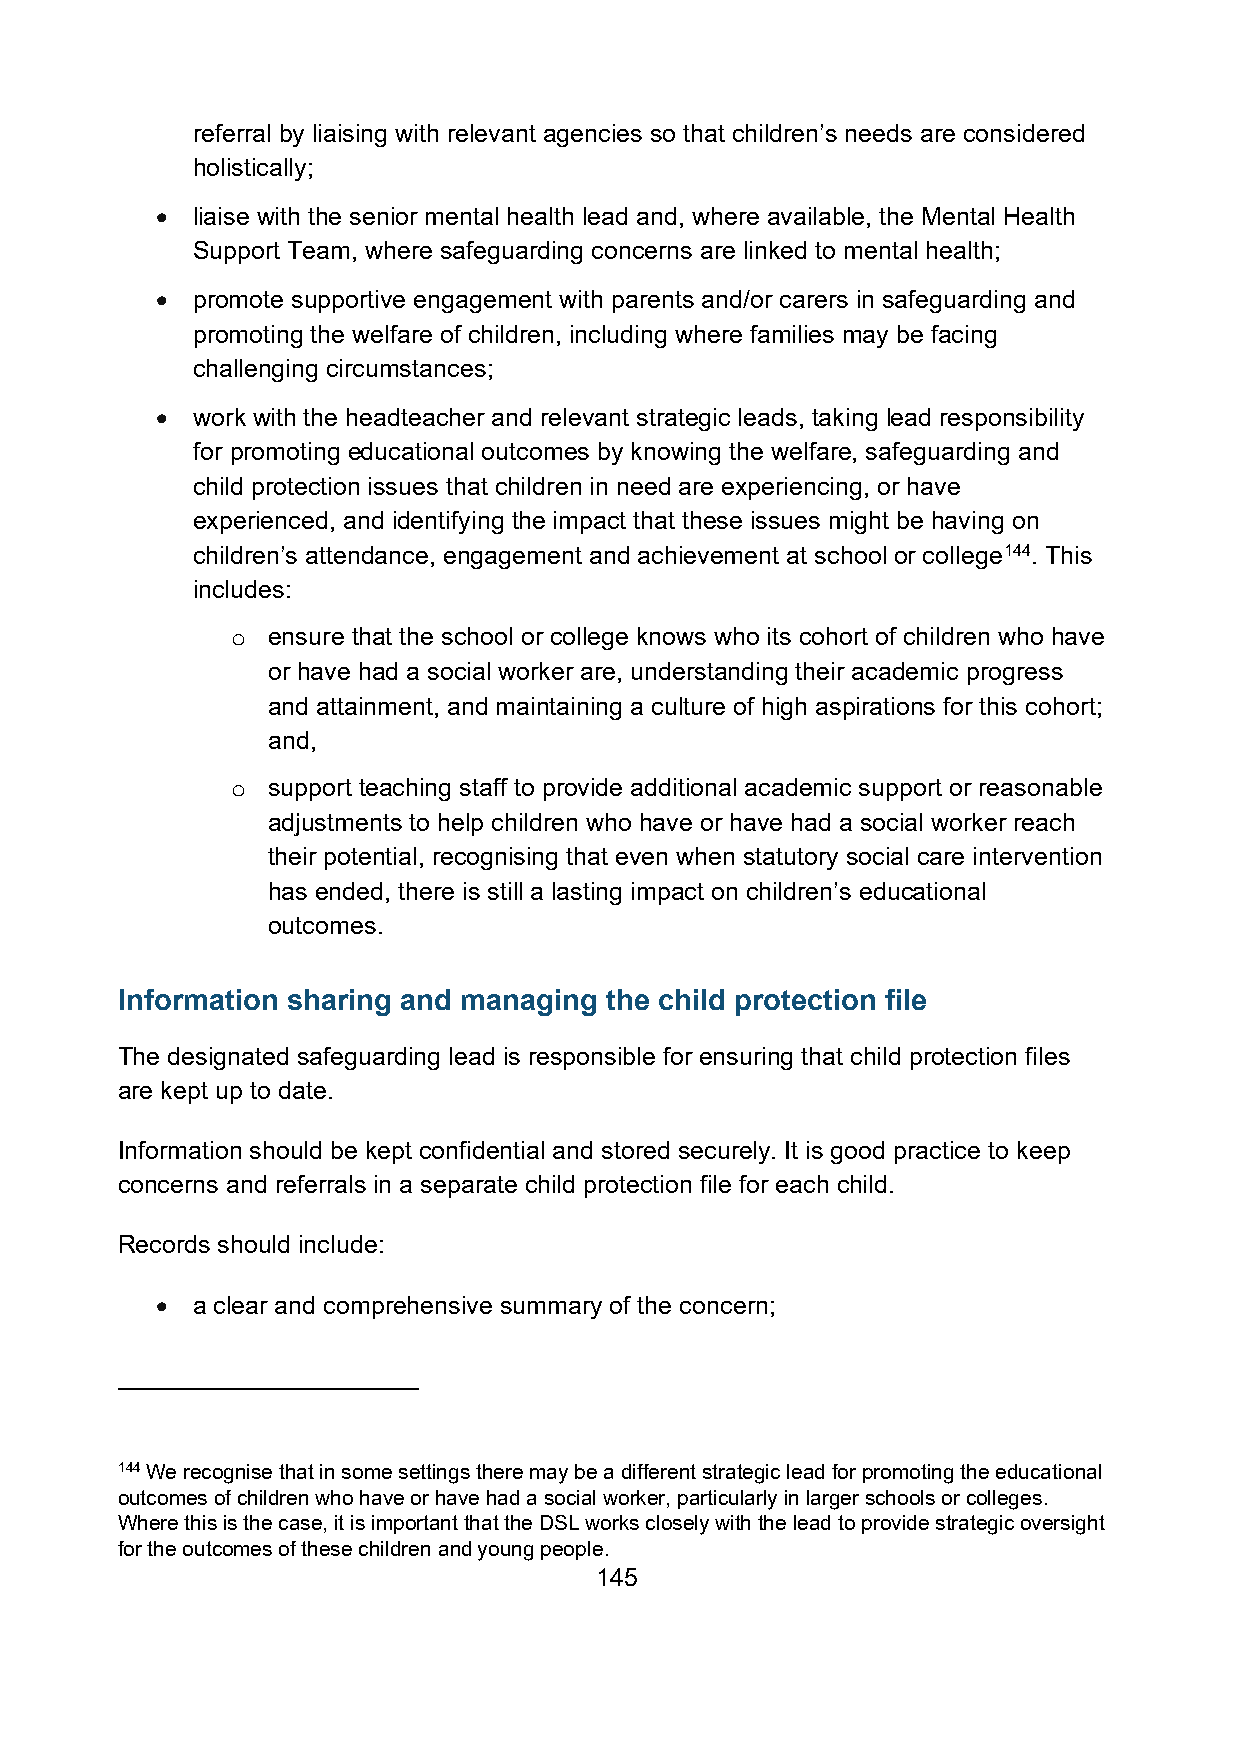
referral by liaising with relevant agencies so that children’s needs are considered
 holistically;
 •  liaise with the senior mental health lead and, where available, the Mental Health
 Support Team, where safeguarding concerns are linked to mental health;
 •  promote supportive engagement with parents and/or carers in safeguarding and
 promoting the welfare of children, including where families may be facing
 challenging circumstances;
 •  work with the headteacher and relevant strategic leads, taking lead responsibility
 for promoting educational outcomes by knowing the welfare, safeguarding and
 child protection issues that children in need are experiencing, or have
 experienced, and identifying the impact that these issues might be having on
 children’s attendance, engagement and achievement at school or college144. This
 includes:
 ensure that the school or college knows who its cohort of children who have
 o
 or have had a social worker are, understanding their academic progress
 and attainment, and maintaining a culture of high aspirations for this cohort;
 and,
 support teaching staff to provide additional academic support or reasonable
 o
 adjustments to help children who have or have had a social worker reach
 their potential, recognising that even when statutory social care intervention
 has ended, there is still a lasting impact on children’s educational
 outcomes.
 Information sharing and managing the child protection file
 The designated safeguarding lead is responsible for ensuring that child protection files
 are kept up to date.
 Information should be kept confidential and stored securely. It is good practice to keep
 concerns and referrals in a separate child protection file for each child.
 Records should include:
 •  a clear and comprehensive summary of the concern;
 144 We recognise that in some settings there may be a different strategic lead for promoting the educational
 outcomes of children who have or have had a social worker, particularly in larger schools or colleges.
 Where this is the case, it is important that the DSL works closely with the lead to provide strategic oversight
 for the outcomes of these children and young people.
 145